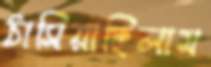
ঠাসিয়াছিলাম